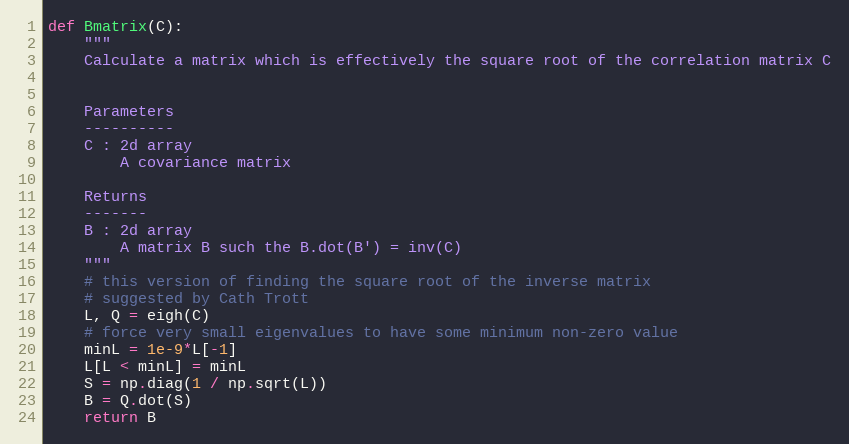
Language: Python
def Bmatrix(C):
    """
    Calculate a matrix which is effectively the square root of the correlation matrix C

    Parameters
    ----------
    C : 2d array
        A covariance matrix

    Returns
    -------
    B : 2d array
        A matrix B such the B.dot(B') = inv(C)
    """
    # this version of finding the square root of the inverse matrix
    # suggested by Cath Trott
    L, Q = eigh(C)
    # force very small eigenvalues to have some minimum non-zero value
    minL = 1e-9*L[-1]
    L[L < minL] = minL
    S = np.diag(1 / np.sqrt(L))
    B = Q.dot(S)
    return B